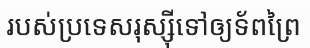
របស់ប្រទេសរុស្ស៊ីទៅឲ្យទ័ពព្រៃ